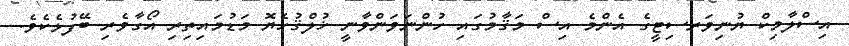
އިސްލާމިކް ޔުނިވަރސިޓީގެ އެންމެ އިސް މަޤާމުގައި ހުންނަވަންވާނީ ޚުލްޤުހެޔޮ މަޑުމައިތިރި އޯގާވެރި ބޭފުޅެކެވެ.